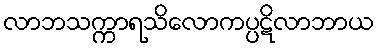
လာဘသက္ကာရသိလောကပ္ပဋိလာဘာယ